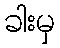
ခါးမှ